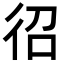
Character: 𭛤